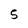
Character: 5